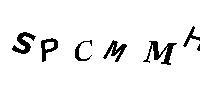
SPCMMH